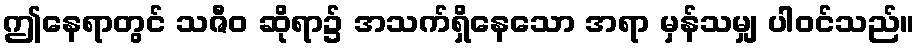
ဤနေရာတွင် သဇီဝ ဆိုရာ၌ အသက်ရှိနေသော အရာ မှန်သမျှ ပါဝင်သည်။